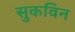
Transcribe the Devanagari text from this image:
सुकविन